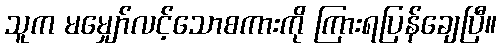
သူက မမျှော်လင့်သောစကားကို ကြားရပြန်ချေပြီ။